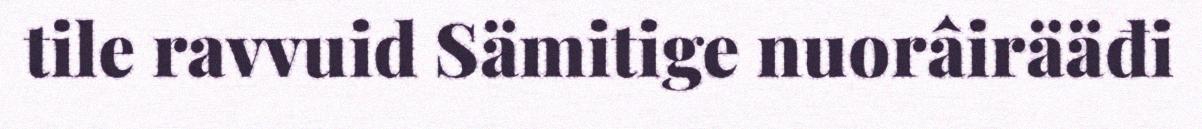
tile ravvuid Sämitige nuorâirääđi